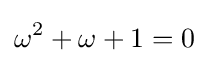
\omega ^{2}+\omega +1=0~